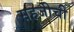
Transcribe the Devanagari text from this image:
सहजीची